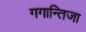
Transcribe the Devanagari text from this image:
गगान्तिजा